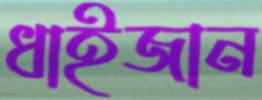
ধাইজান